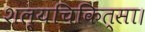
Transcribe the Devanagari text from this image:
शल्यचिकित्सा।